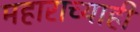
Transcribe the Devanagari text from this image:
महाराच्याही